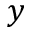
y